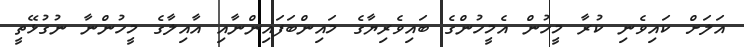
އަލަށް ކައިވެނި ކުރާ މީހުން އެމީހުންގެ ބައިވެރިޔާގެ މައިންބަފައިންނާއި އާއިލާގެ މީހުންނާ ނުގުޅޭތީ